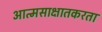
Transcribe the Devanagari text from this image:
आत्मसाक्षातकरता